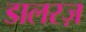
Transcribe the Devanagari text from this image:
डालरज़